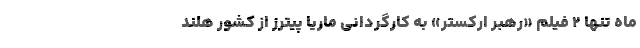
ماه تنها ۲ فیلم «رهبر ارکستر» به کارگردانی ماریا پیترز از کشور هلند